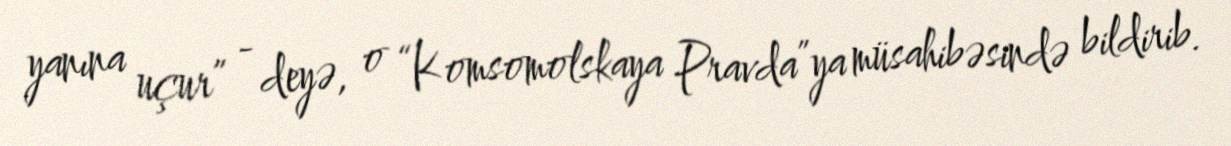
yanına uçur” - deyə, o “Komsomolskaya Pravda”ya müsahibəsində bildirib.